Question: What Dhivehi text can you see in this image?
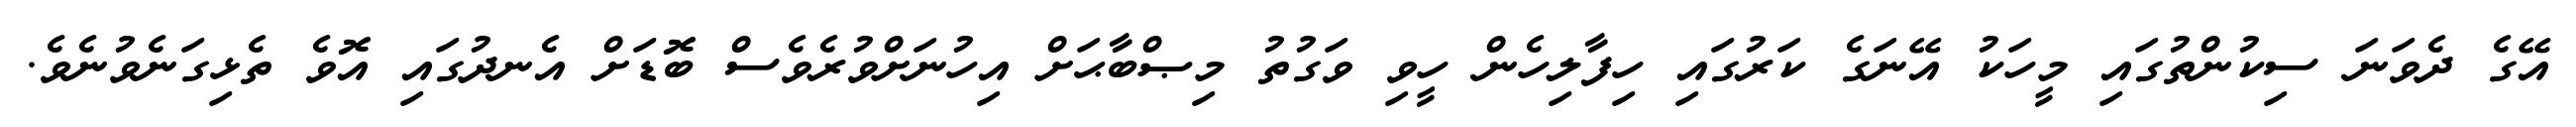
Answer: އޭގެ ދެވަނަ ސިކުންތުގައި މީހަކު އޭނަގެ ކަރުގައި ހިފާލިހެން ހީވި ވަގުތު މިޞްބާޙަށް އިހުނަށްވުރެވެސް ބޮޑަށް އެނދުގައި އޮވެ ތެޅިގަނެވުނެވެ.